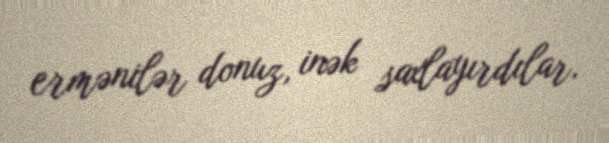
ermənilər donuz, inək saxlayırdılar.